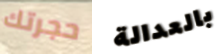
حجرتك بالعدالة